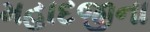
મહાદજીના